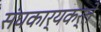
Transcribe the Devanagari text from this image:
संघकार्यकर्ते